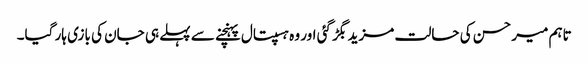
تاہم میر حسن کی حالت مزید بگڑ گئی اور وہ ہسپتال پہنچنے سے پہلے ہی جان کی بازی ہار گیا۔